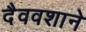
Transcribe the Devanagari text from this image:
दैववशाने